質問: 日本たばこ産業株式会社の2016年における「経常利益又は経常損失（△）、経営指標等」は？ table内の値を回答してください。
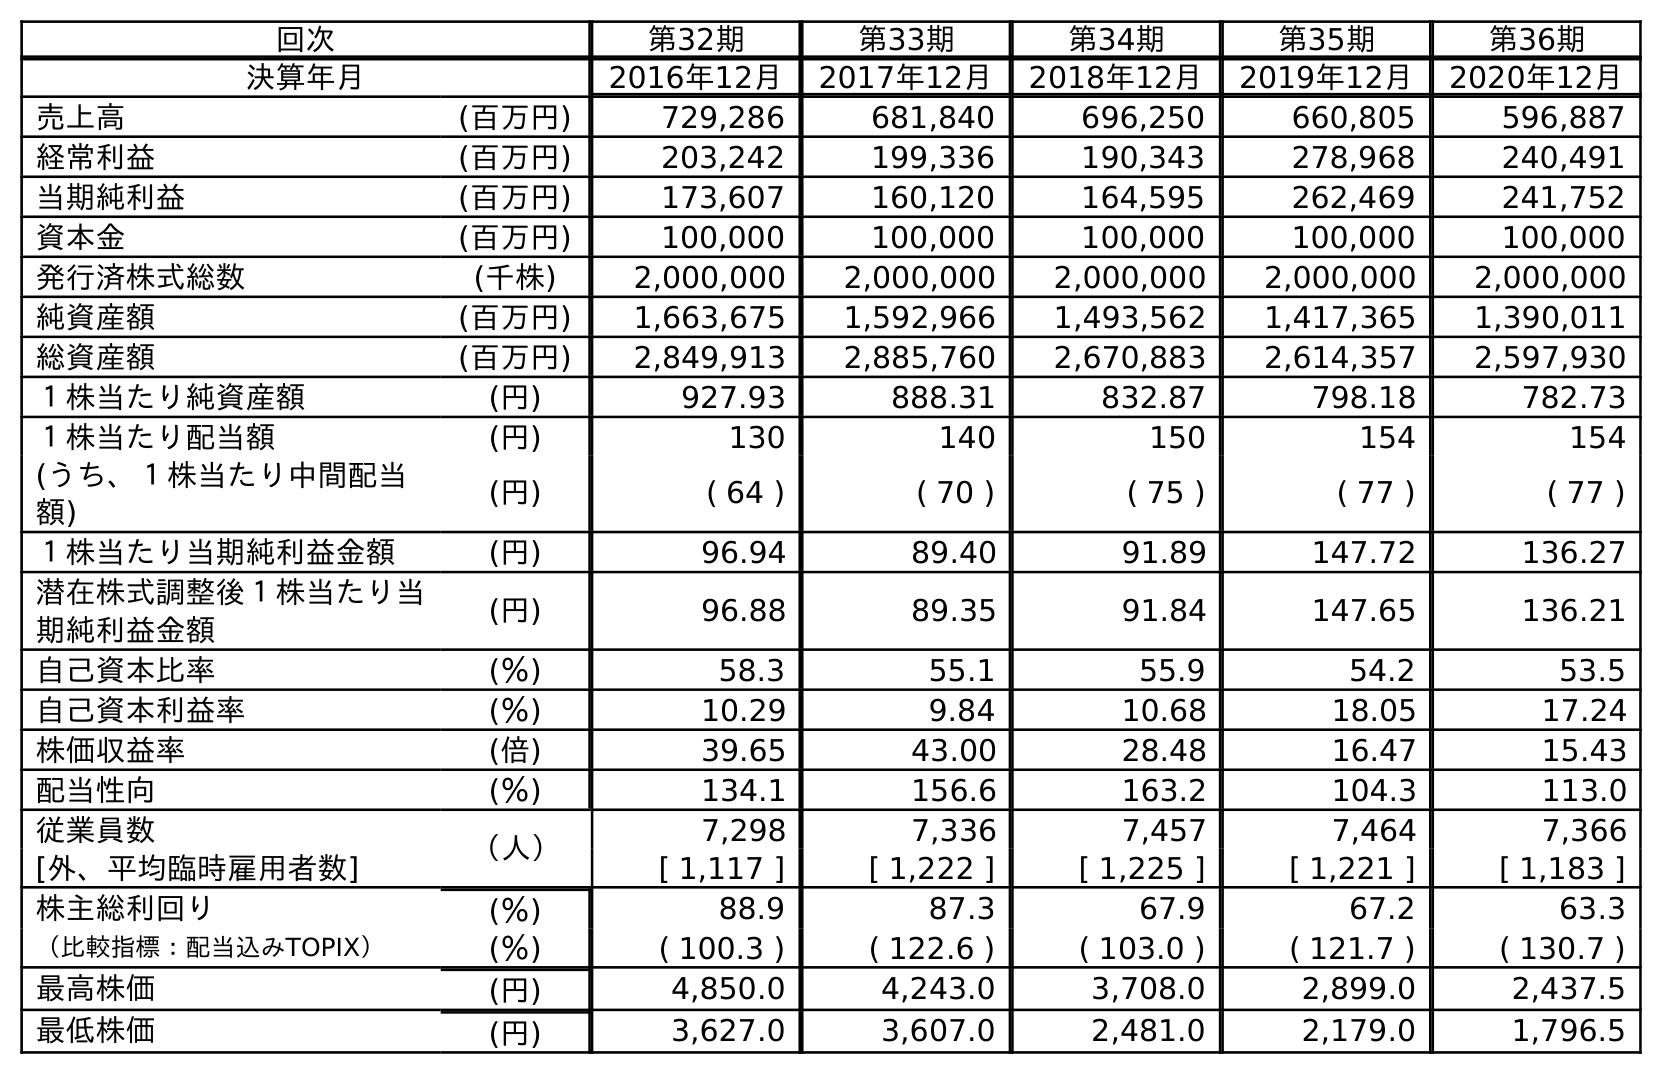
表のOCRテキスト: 回次 第32期 第33期 第34期 第35期 第36期 決算年月 2016年12月 2017年12月 2018年12月 2019年12月 2020年12月 売上高 (百万円) 729,286 681,840 696,250 660,805 596,887 経常利益 (百万円) 203,242 199,336 190,343 278,968 240,491 当期純利益 (百万円) 173,607 160,120 164,595 262,469 241,752 資本金 (百万円) 100,000 100,000 100,000 100,000 100,000 発行済株式総数 (千株) 2,000,000 2,000,000 2,000,000 2,000,000 2,000,000 純資産額 (百万円) 1,663,675 1,592,966 1,493,562 1,417,365 1,390,011 総資産額 (百万円) 2,849,913 2,885,760 2,670,883 2,614,357 2,597,930 １株当たり純資産額 (円) 927.93 888.31 832.87 798.18 782.73 １株当たり配当額 (円) 130 140 150 154 154 (うち、１株当たり中間配当 額) (円) ( 64 ) ( 70 ) ( 75 ) ( 77 ) ( 77 ) １株当たり当期純利益金額 (円) 96.94 89.40 91.89 147.72 136.27 潜在株式調整後１株当たり当 期純利益金額 (円) 96.88 89.35 91.84 147.65 136.21 自己資本比率 (％) 58.3 55.1 55.9 54.2 53.5 自己資本利益率 (％) 10.29 9.84 10.68 18.05 17.24 株価収益率 (倍) 39.65 43.00 28.48 16.47 15.43 配当性向 (％) 134.1 156.6 163.2 104.3 113.0 従業員数 （人） 7,298 7,336 7,457 7,464 7,366 [外、平均臨時雇用者数] [ 1,117 ] [ 1,222 ] [ 1,225 ] [ 1,221 ] [ 1,183 ] 株主総利回り (％) 88.9 87.3 67.9 67.2 63.3 （比較指標：配当込みTOPIX） (％) ( 100.3 ) ( 122.6 ) ( 103.0 ) ( 121.7 ) ( 130.7 ) 最高株価 (円) 4,850.0 4,243.0 3,708.0 2,899.0 2,437.5 最低株価 (円) 3,627.0 3,607.0 2,481.0 2,179.0 1,796.5
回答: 203,242